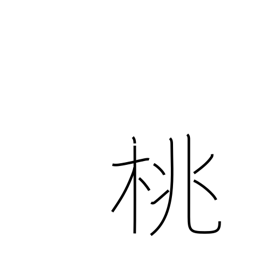
Meaning: peach